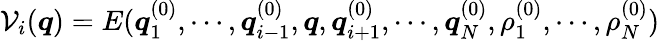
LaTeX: {\cal V}_{i}(\boldsymbol{q})=E(\boldsymbol{q}_{1}^{(0)},\cdots,\boldsymbol{q}_{i-1}^{(0)},\boldsymbol{q},\boldsymbol{q}_{i+1}^{(0)},\cdots,\boldsymbol{q}_{N}^{(0)},\rho_{1}^{(0)},\cdots,\rho_{N}^{(0)})